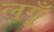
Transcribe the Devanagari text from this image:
लगूँ